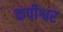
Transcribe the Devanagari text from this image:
कपीश्वर